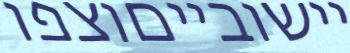
יישובייםוצפו